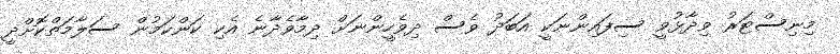
މިނިސްޓަރު ވިދާޅުވީ ސިފައިންނަކީ އަބަދު ވެސް ދިވެހީންނަށް ދިމާވެދާނެ އެކި ކަންކަމުން ސަލާމަތްކޮށްދީ